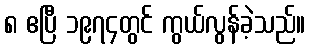
၈ ဧပြီ ၁၉၇၄တွင် ကွယ်လွန်ခဲ့သည်။